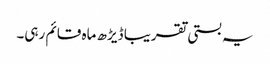
یہ بستی تقریبا ڈیڑھ ماہ قائم رہی۔